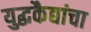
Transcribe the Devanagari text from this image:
युद्धकैद्यांचा